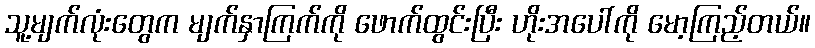
သူ့မျက်လုံးတွေက မျက်နှာကြက်ကို ဖောက်ထွင်းပြီး ဟိုးအပေါ်ကို မော့ကြည့်တယ်။